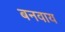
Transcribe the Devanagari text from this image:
बनवाय